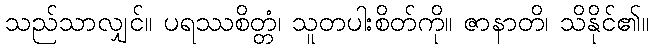
သည်သာလျှင်။ ပရဿစိတ္တံ၊ သူတပါးစိတ်ကို။ ဇာနာတိ၊ သိနိုင်၏။